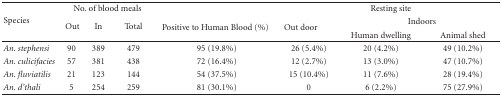
| <ROWSPAN=3> Species | <COLSPAN=3> No. of blood meals |  | <COLSPAN=3> Resting site |
 | <ROWSPAN=2> Out | <ROWSPAN=2> In | <ROWSPAN=2> Total | <ROWSPAN=2> Positive to Human Blood (%) | <ROWSPAN=2> Out door | <COLSPAN=2> Indoors |
 | Human dwelling | Animal shed |
 | --- | --- | --- | --- | --- | --- | --- | --- |
 | An. stephensi | 90 | 389 | 479 | 95 (19.8%) | 26 (5.4%) | 20 (4.2%) | 49 (10.2%) |
 | An. culicifacies | 57 | 381 | 438 | 72 (16.4%) | 12 (2.7%) | 13 (3.0%) | 47 (10.7%) |
 | An. fluviatilis | 21 | 123 | 144 | 54 (37.5%) | 15 (10.4%) | 11 (7.6%) | 28 (19.4%) |
 | An. d'thali | 5 | 254 | 259 | 81 (30.1%) | 0 | 6 (2.2%) | 75 (27.9%) |